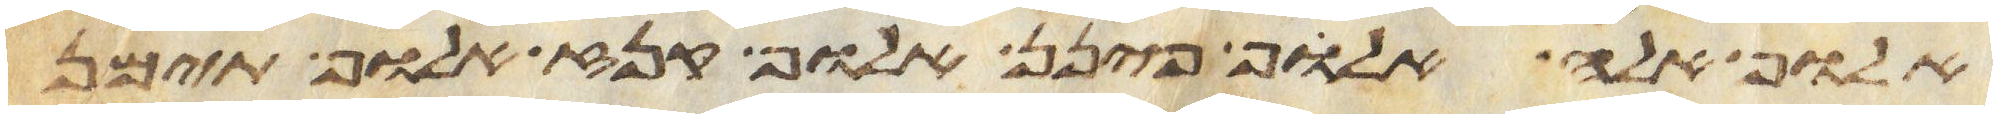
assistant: אלוף אלה אלוף פינן אלוף קנז אלוף תימן